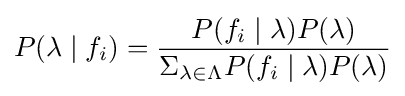
P(\lambda \mid f_{i})={\frac {P(f_{i}\mid \lambda )P(\lambda )}{\Sigma _{\lambda \in \Lambda }P(f_{i}\mid \lambda )P(\lambda )}}